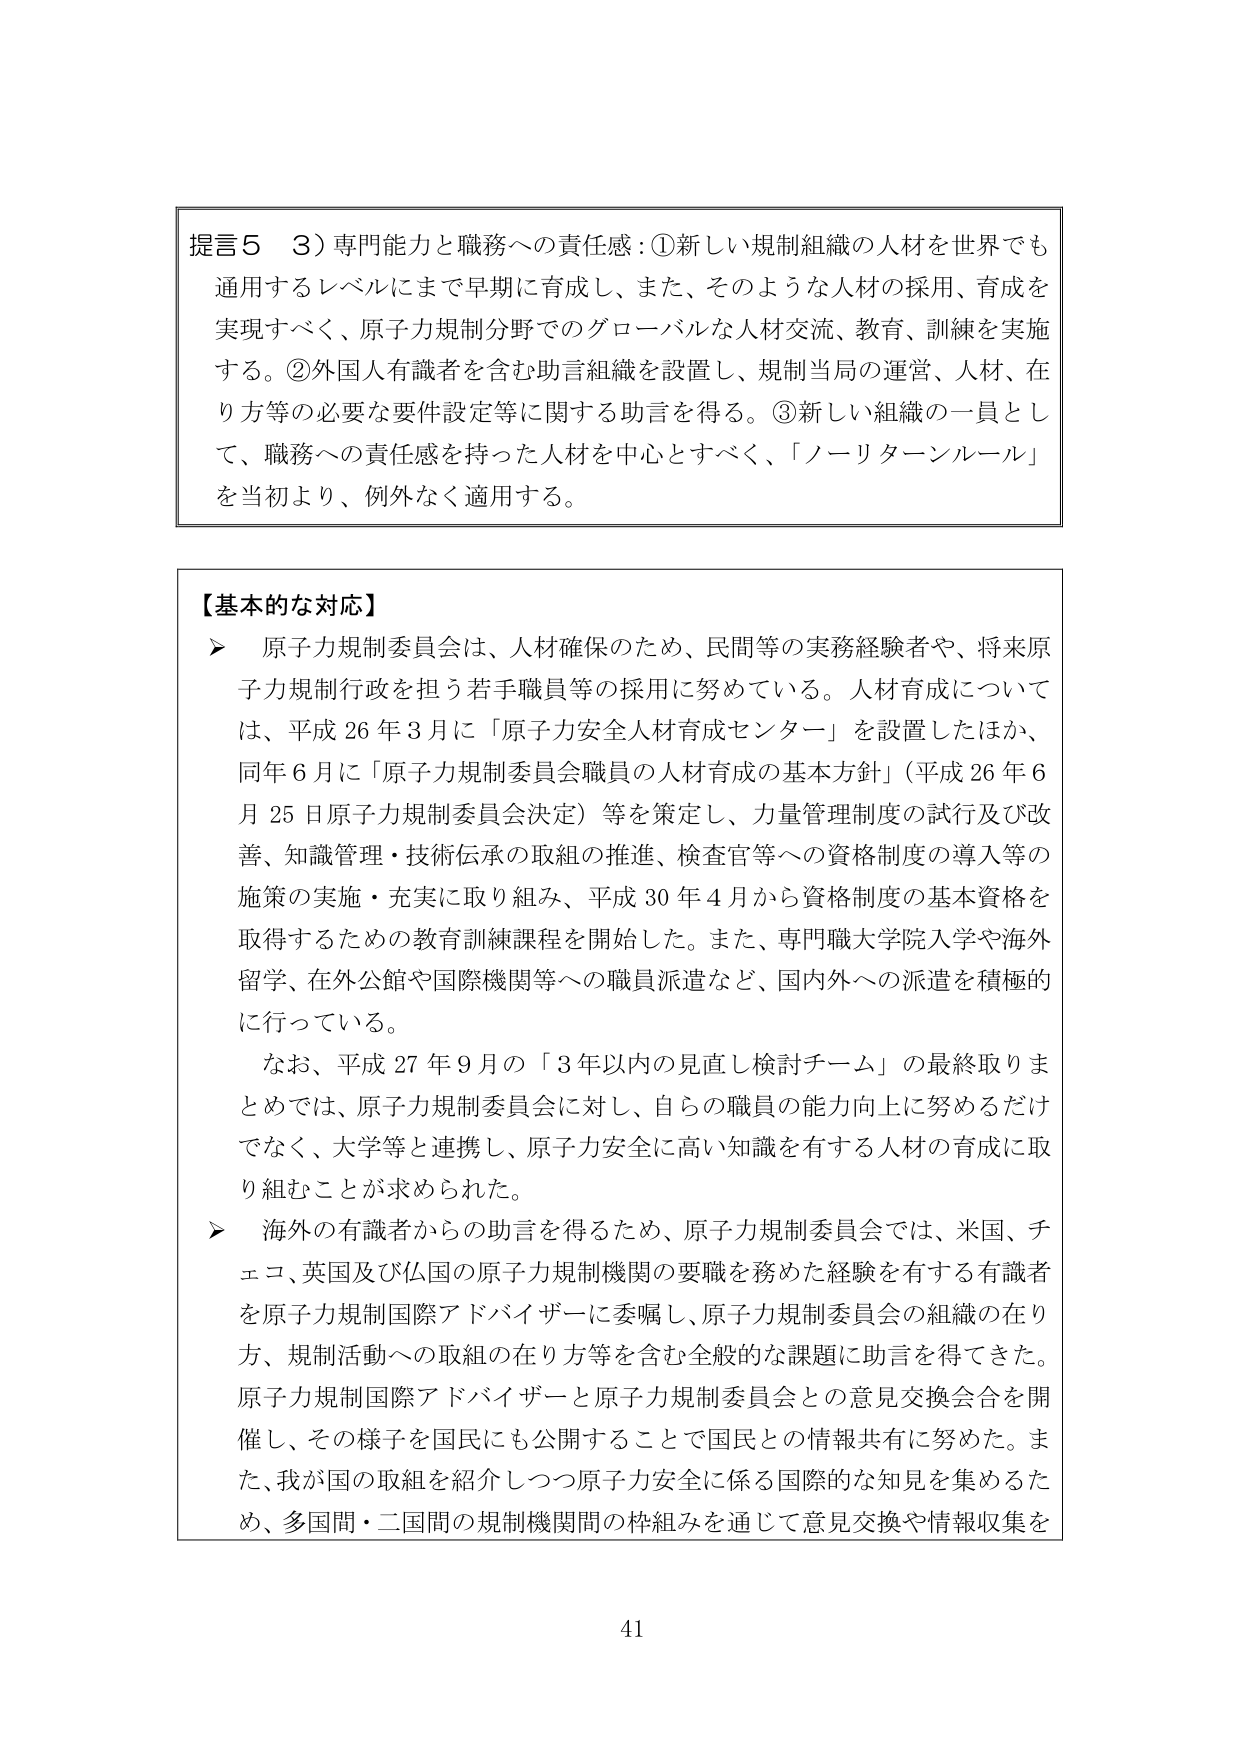
提言５　３）専門能力と職務への責任感：①新しい規制組織の人材を世界でも通用するレベルにまで早期に育成し、また、そのような人材の採用、育成を実現すべく、原子力規制分野でのグローバルな人材交流、教育、訓練を実施する。②外国人有識者を含む助言組織を設置し、規制当局の運営、人材、在り方等の必要な要件設定等に関する助言を得る。③新しい組織の一員として、職務への責任感を持った人材を中心とすべく、「ノーリターンルール」を当初より、例外なく適用する。

【基本的な対応】
▶　原子力規制委員会は、人材確保のため、民間等の実務経験者や、将来原子力規制行政を担う若手職員等の採用に努めている。人材育成については、平成26年3月に「原子力安全人材育成センター」を設置したほか、同年6月に「原子力規制委員会職員の人材育成の基本方針」（平成26年6月25日原子力規制委員会決定）等を策定し、力量管理制度の試行及び改善、知識管理・技術伝承の取組の推進、検査官等への資格制度の導入等の施策の実施・充実に取り組み、平成30年4月から資格制度の基本資格を取得するための教育訓練課程を開始した。また、専門職大学院入学や海外留学、在外公館や国際機関等への職員派遣など、国内外への派遣を積極的に行っている。
　　なお、平成27年9月の「3年以内の見直し検討チーム」の最終取りまとめでは、原子力規制委員会に対し、自らの職員の能力向上に努めるだけでなく、大学等と連携し、原子力安全に高い知識を有する人材の育成に取り組むことが求められた。
▶　海外の有識者からの助言を得るため、原子力規制委員会では、米国、チェコ、英国及び仏国の原子力規制機関の要職を務めた経験を有する有識者を原子力規制国際アドバイザーに委嘱し、原子力規制委員会の組織の在り方、規制活動への取組の在り方等を含む全般的な課題に助言を得てきた。原子力規制国際アドバイザーと原子力規制委員会との意見交換会を開催し、その様子を国民にも公開することで国民との情報共有に努めた。また、我が国の取組を紹介しつつ原子力安全に係る国際的な知見を集めるため、多国間・二国間の規制機関間の枠組みを通じて意見交換や情報収集を

41